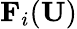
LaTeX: {\mathbf F}_{i}({\mathbf U})